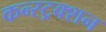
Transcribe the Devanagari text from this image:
कन्‍स्‍ट्रक्‍शन